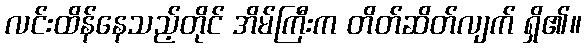
လင်းထိန်နေသည့်တိုင် အိမ်ကြီးက တိတ်ဆိတ်လျက် ရှိ၏။